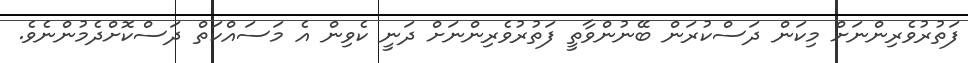
ފަތުރުވެރިންނަށް މިކަން ދަސްކުރަން ބޭނުންވާތީ ފަތުރުވެރިންނަށް ދަނީ ކެވިން އެ މަސައްކަތް ދަސްކޮށްދެމުންނެވެ.